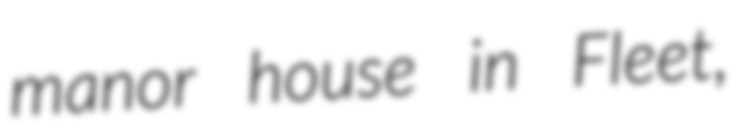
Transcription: manor house in Fleet,